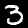
Digit: 3